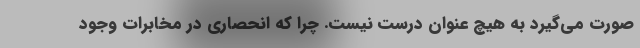
صورت می‌گیرد به هیچ عنوان درست نیست. چرا که انحصاری در مخابرات وجود